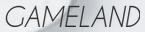
GAMELAND